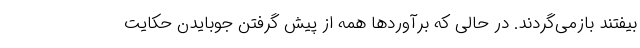
بیفتند بازمی‌گردند. در حالی که برآوردها همه از پیش گرفتن جوبایدن حکایت